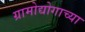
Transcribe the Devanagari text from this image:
ग्रामोद्योगाच्या